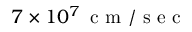
7 \times 1 0 ^ { 7 } \, \mathrm { ~ c ~ m ~ / ~ s ~ e ~ c ~ }